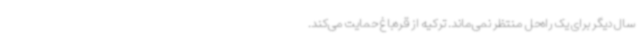
سال دیگر برای یک راه‌حل منتظر نمی‌ماند. ترکیه از قره‌باغ حمایت می‌کند.